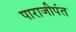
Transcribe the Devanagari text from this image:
पाराजीपंत